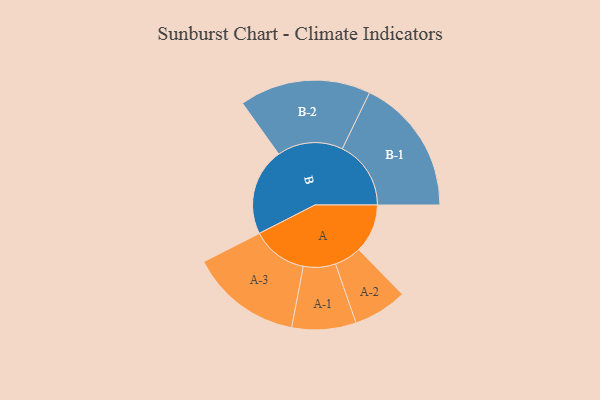
{"axis": {"x": "Segment", "y": "Value"}, "legend": ["", "A", "B"], "data": [{"x": "A", "y": 199, "type": ""}, {"x": "B", "y": 356, "type": ""}, {"x": "A-1", "y": 131, "type": "A"}, {"x": "A-2", "y": 110, "type": "A"}, {"x": "A-3", "y": 228, "type": "A"}, {"x": "B-1", "y": 280, "type": "B"}, {"x": "B-2", "y": 268, "type": "B"}]}